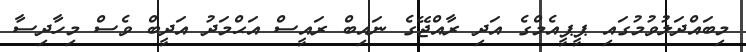
މިބައްދަލުވުމުގައި ޕީޕީއެމްގެ އަދި ރާއްޖޭގެ ނައިބް ރައީސް އަޙްމަދު އަދީބް ވެސް މިހާދިސާ